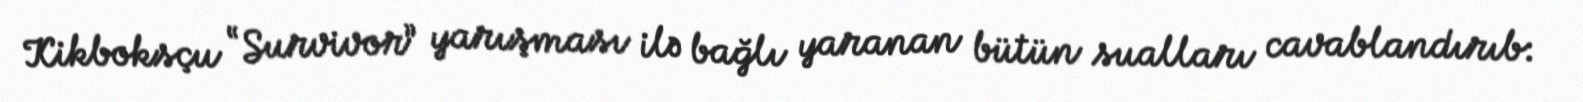
Kikboksçu “Survivor” yarışması ilə bağlı yaranan bütün sualları cavablandırıb: